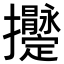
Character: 𢺫